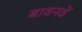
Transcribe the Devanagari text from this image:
बावनवें